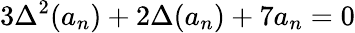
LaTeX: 3\Delta^{2}(a_{n})+2\Delta(a_{n})+7a_{n}=0